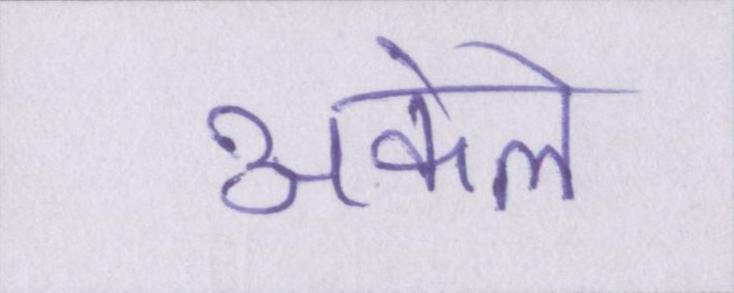
अकेले